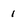
Character: i